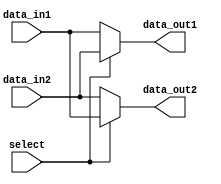
module IO_Bus_Switch (
    input wire data_in1,
    input wire data_in2,
    input wire select,
    output reg data_out1,
    output reg data_out2
);

// Control logic to route data signals based on select signal
always @ (select)
begin
    if (select == 0)
    begin
        data_out1 <= data_in1;
        data_out2 <= data_in2;
    end
    else
    begin
        data_out1 <= data_in2;
        data_out2 <= data_in1;
    end
end

endmodule